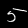
Digit: 5